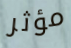
مؤثر